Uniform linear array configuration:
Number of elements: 4
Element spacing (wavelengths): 1
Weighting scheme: cosine
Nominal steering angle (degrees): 60
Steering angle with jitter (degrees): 59.044
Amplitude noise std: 0.05
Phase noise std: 0.05

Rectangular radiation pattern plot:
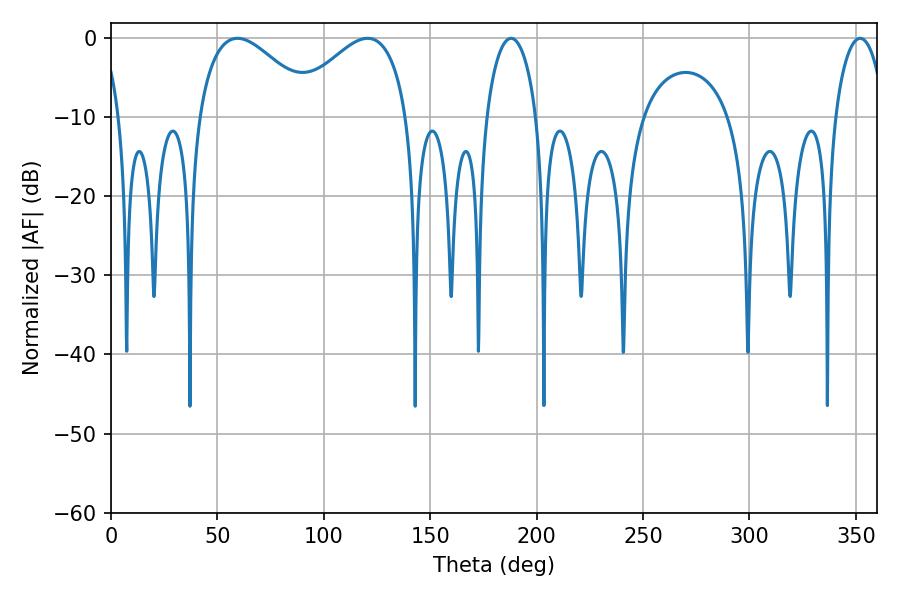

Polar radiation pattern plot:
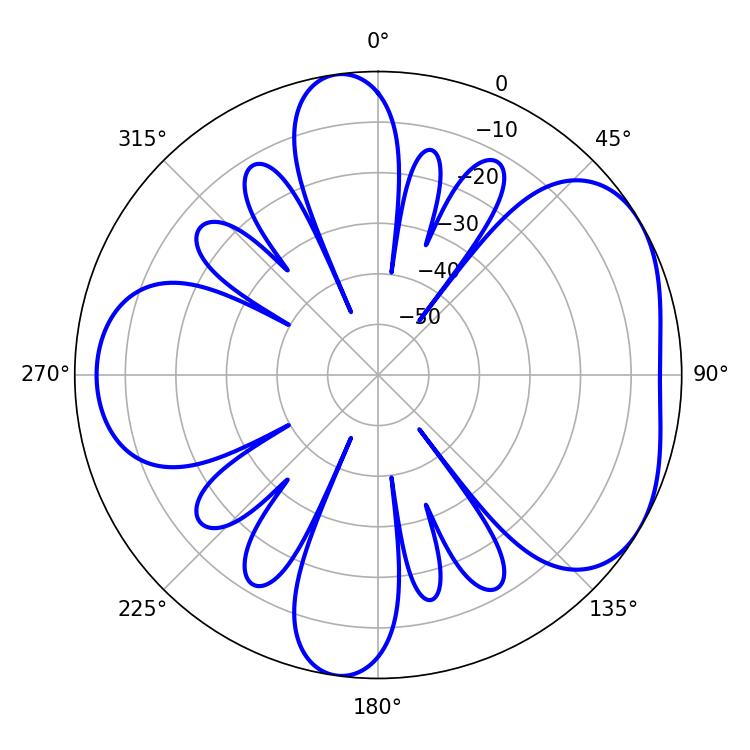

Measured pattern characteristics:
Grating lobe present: TRUE
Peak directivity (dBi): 4.672
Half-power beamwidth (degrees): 29.88
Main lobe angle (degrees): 59.4